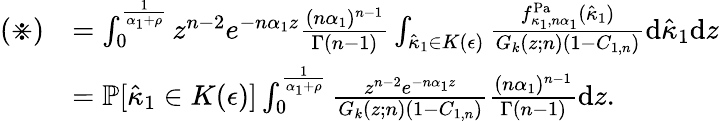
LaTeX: \begin{array}{rl}{(\divideontimes)}&{=\int_{0}^{\frac{1}{\alpha_{1}+\rho}}z^{n-2}e^{-n\alpha_{1}z}\frac{(n\alpha_{1})^{n-1}}{\Gamma(n-1)}\int_{\hat{\kappa}_{1}\in K(\epsilon)}\frac{f_{\kappa_{1},n\alpha_{1}}^{\mathrm{Pa}}(\hat{\kappa}_{1})}{G_{k}(z;n)(1-C_{1,n})}\mathrm{d}\hat{\kappa}_{1}\mathrm{d}z}\\ &{=\mathbb{P}[\hat{\kappa}_{1}\in K(\epsilon)]\int_{0}^{\frac{1}{\alpha_{1}+\rho}}\frac{z^{n-2}e^{-n\alpha_{1}z}}{G_{k}(z;n)(1-C_{1,n})}\frac{(n\alpha_{1})^{n-1}}{\Gamma(n-1)}\mathrm{d}z.}\end{array}